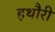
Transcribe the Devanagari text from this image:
हथौरी